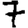
Digit: 7